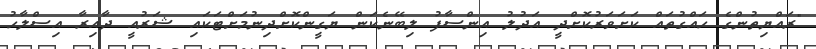
"ރައްޔިތުންގެ ހައްގުތައް ކަށަވަރުކޮށްދީ އަދުލު އިންސާފު ލިބޭނެކަން ޔަގީންކޮށްދިނުމަށްޓަކައި ޝަރުއީ ދާއިރާ އިސްލާހު